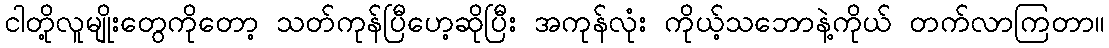
ငါတို့လူမျိုးတွေကိုတော့ သတ်ကုန်ပြီဟေ့ဆိုပြီး အကုန်လုံး ကိုယ့်သဘောနဲ့ကိုယ် တက်လာကြတာ။